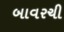
બાવરચી